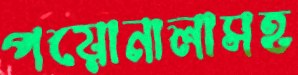
পয়োনালাসহ